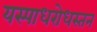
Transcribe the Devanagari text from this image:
यस्पाधरोधस्तन